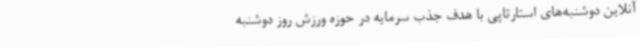
آنلاین دوشنبه‌های استارتاپی با هدف جذب سرمایه در حوزه ورزش روز دوشنبه